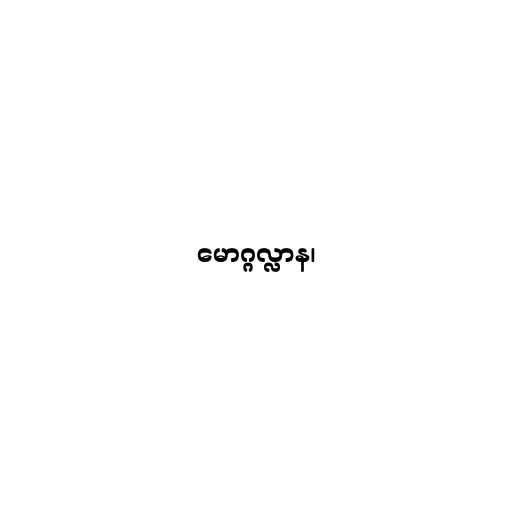
မောဂ္ဂလ္လာန၊